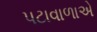
પટાવાળાએ